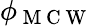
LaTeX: \phi_{\mathrm{~M~C~W~}}